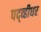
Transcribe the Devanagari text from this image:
पद्व्हीधर